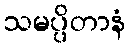
သမပ္ပိတာနံ